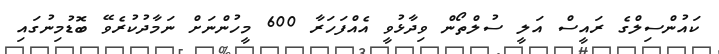
ކައުންސިލްގެ ރައީސް އަލީ ސުލްތޯން ވިދާޅުވީ އެއްފަހަރާ 600 މީހުންނަށް ނަމާދުކުރެވޭ ބޮޑުމިނުގައި